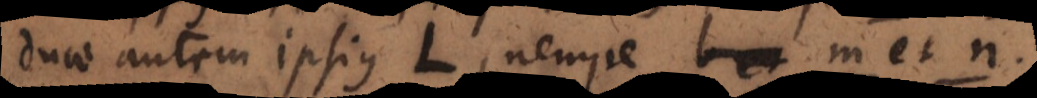
duae autem ipsius L, nempe m et n.